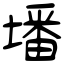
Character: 墦